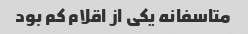
متاسفانه یکی از اقلام کم بود